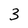
Character: 3